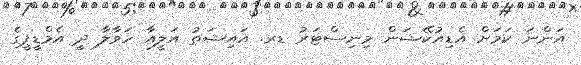
އަންނަ ކަމަށް އެޑިއުކޭޝަން މިނިސްޓަރު ޑރ. އައިޝަތު އަލީއާ ހަވާލާ ދީ އެމްޑީޕީގެ